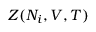
Z ( N _ { i } , V , T )